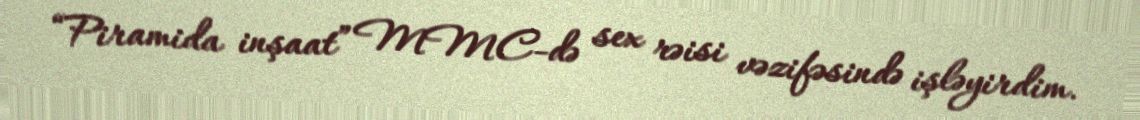
“Piramida inşaat” MMC-də sex rəisi vəzifəsində işləyirdim.